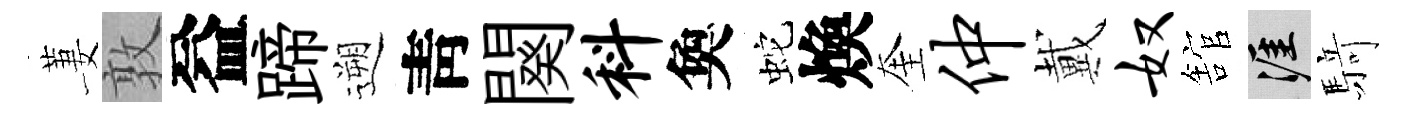
萋敦益蹄遡靑闋料奐蛇煥奎仲戴奴舘涯𮪍